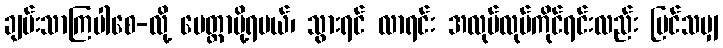
ချမ်းသာကြပါစေ-လို့ မေတ္တာပို့ရမယ်၊ သွားရင် လာရင်း အလုပ်လုပ်ကိုင်ရင်းလည်း မြင်သမျှ